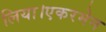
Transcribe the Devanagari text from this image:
लिया।एकरमेन